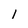
Character: l